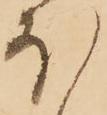
ほ